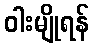
ဝါးမျိုရန်